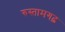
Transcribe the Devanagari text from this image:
रुस्तामगढ़